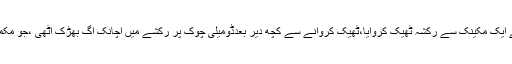
رکشہ ڈرائیور کے بھائی نے بتایا کہ میرا بھائی محمدکاظم ولد محمدقدیر رہائش رسولپورڈومیلی نے ایک مکینک سے رکشہ ٹھیک کروایا،ٹھیک کروانے سے کچھ دیر بعدڈومیلی چوک پر رکشے میں اچانک آگ بھڑک اٹھی ،جو مکمل طور پر جل گیا،میرابھائی محفوظ رہا،اطلاع ملتے ہی تھانہ ڈومیلی پولیس بھی موقع پر پہنچ گئی۔